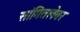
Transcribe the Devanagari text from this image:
सांगितलेवर